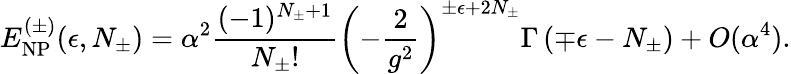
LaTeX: E_{\mathrm{NP}}^{(\pm)}(\epsilon,N_{\pm})=\alpha^{2}\frac{(-1)^{N_{\pm}+1}}{N_{\pm}!}\left(-\frac{2}{g^{2}}\right)^{\pm\epsilon+2N_{\pm}}\Gamma\left(\mp\epsilon-N_{\pm}\right)+O(\alpha^{4}).